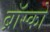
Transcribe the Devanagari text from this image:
ब्रॉस्को